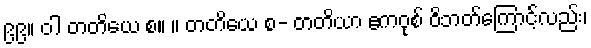
၉၉။ ဝါ တတိယေ စ။ ။ တတိယေ စ- တတိယာ ဧကဝုစ် ဝိဘတ်ကြောင့်လည်း၊